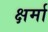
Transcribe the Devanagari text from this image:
क्षर्मा